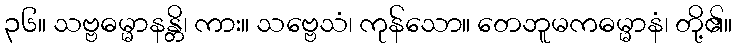
၃၆။ သဗ္ဗဓမ္မာနန္တိ၊ ကား။ သဗ္ဗေသံ၊ ကုန်သော။ တေဘူမကဓမ္မာနံ၊ တို့၏။